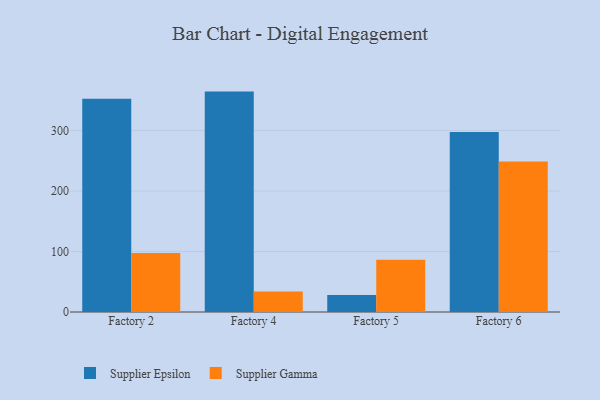
{"axis": {"x": "Factory", "y": "Backlog"}, "legend": ["Supplier Epsilon", "Supplier Gamma"], "data": [{"x": "Factory 2", "y": 352.6, "type": "Supplier Epsilon"}, {"x": "Factory 2", "y": 97.6, "type": "Supplier Gamma"}, {"x": "Factory 4", "y": 364.4, "type": "Supplier Epsilon"}, {"x": "Factory 4", "y": 33.8, "type": "Supplier Gamma"}, {"x": "Factory 5", "y": 28.1, "type": "Supplier Epsilon"}, {"x": "Factory 5", "y": 86.3, "type": "Supplier Gamma"}, {"x": "Factory 6", "y": 297.4, "type": "Supplier Epsilon"}, {"x": "Factory 6", "y": 248.9, "type": "Supplier Gamma"}]}